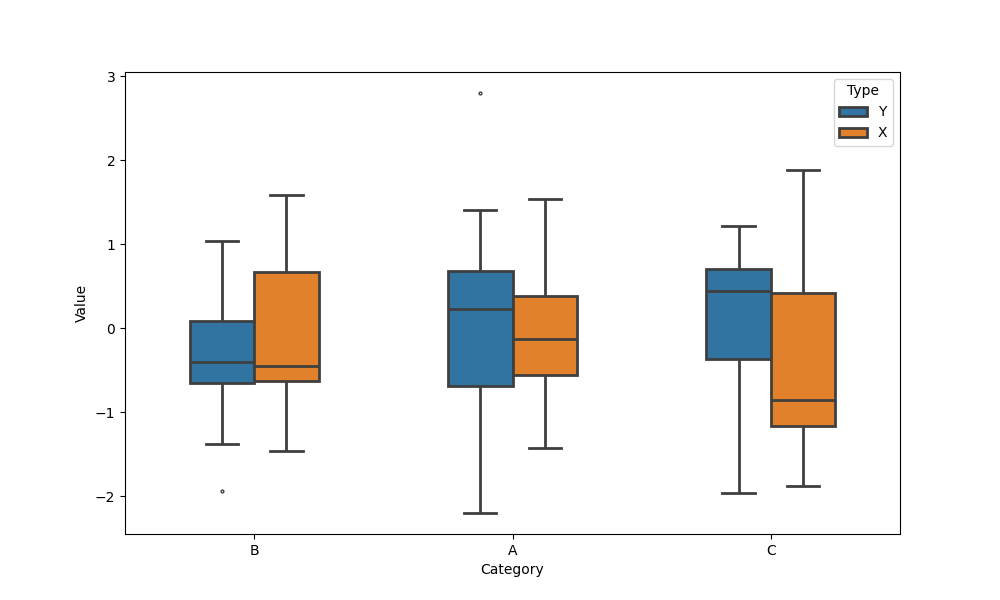
python, seaborn, boxplot, width=0.5, linewidth=2, fliersize=2, notch=False